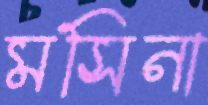
মসিনা